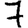
Digit: 7